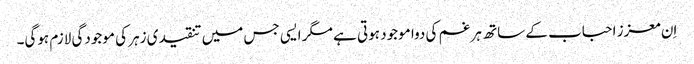
اِن معزز احباب کے ساتھ ہر غم کی دوا موجود ہوتی ہے مگر ایسی جس میں تنقیدی زہر کی موجودگی لازم ہوگی۔